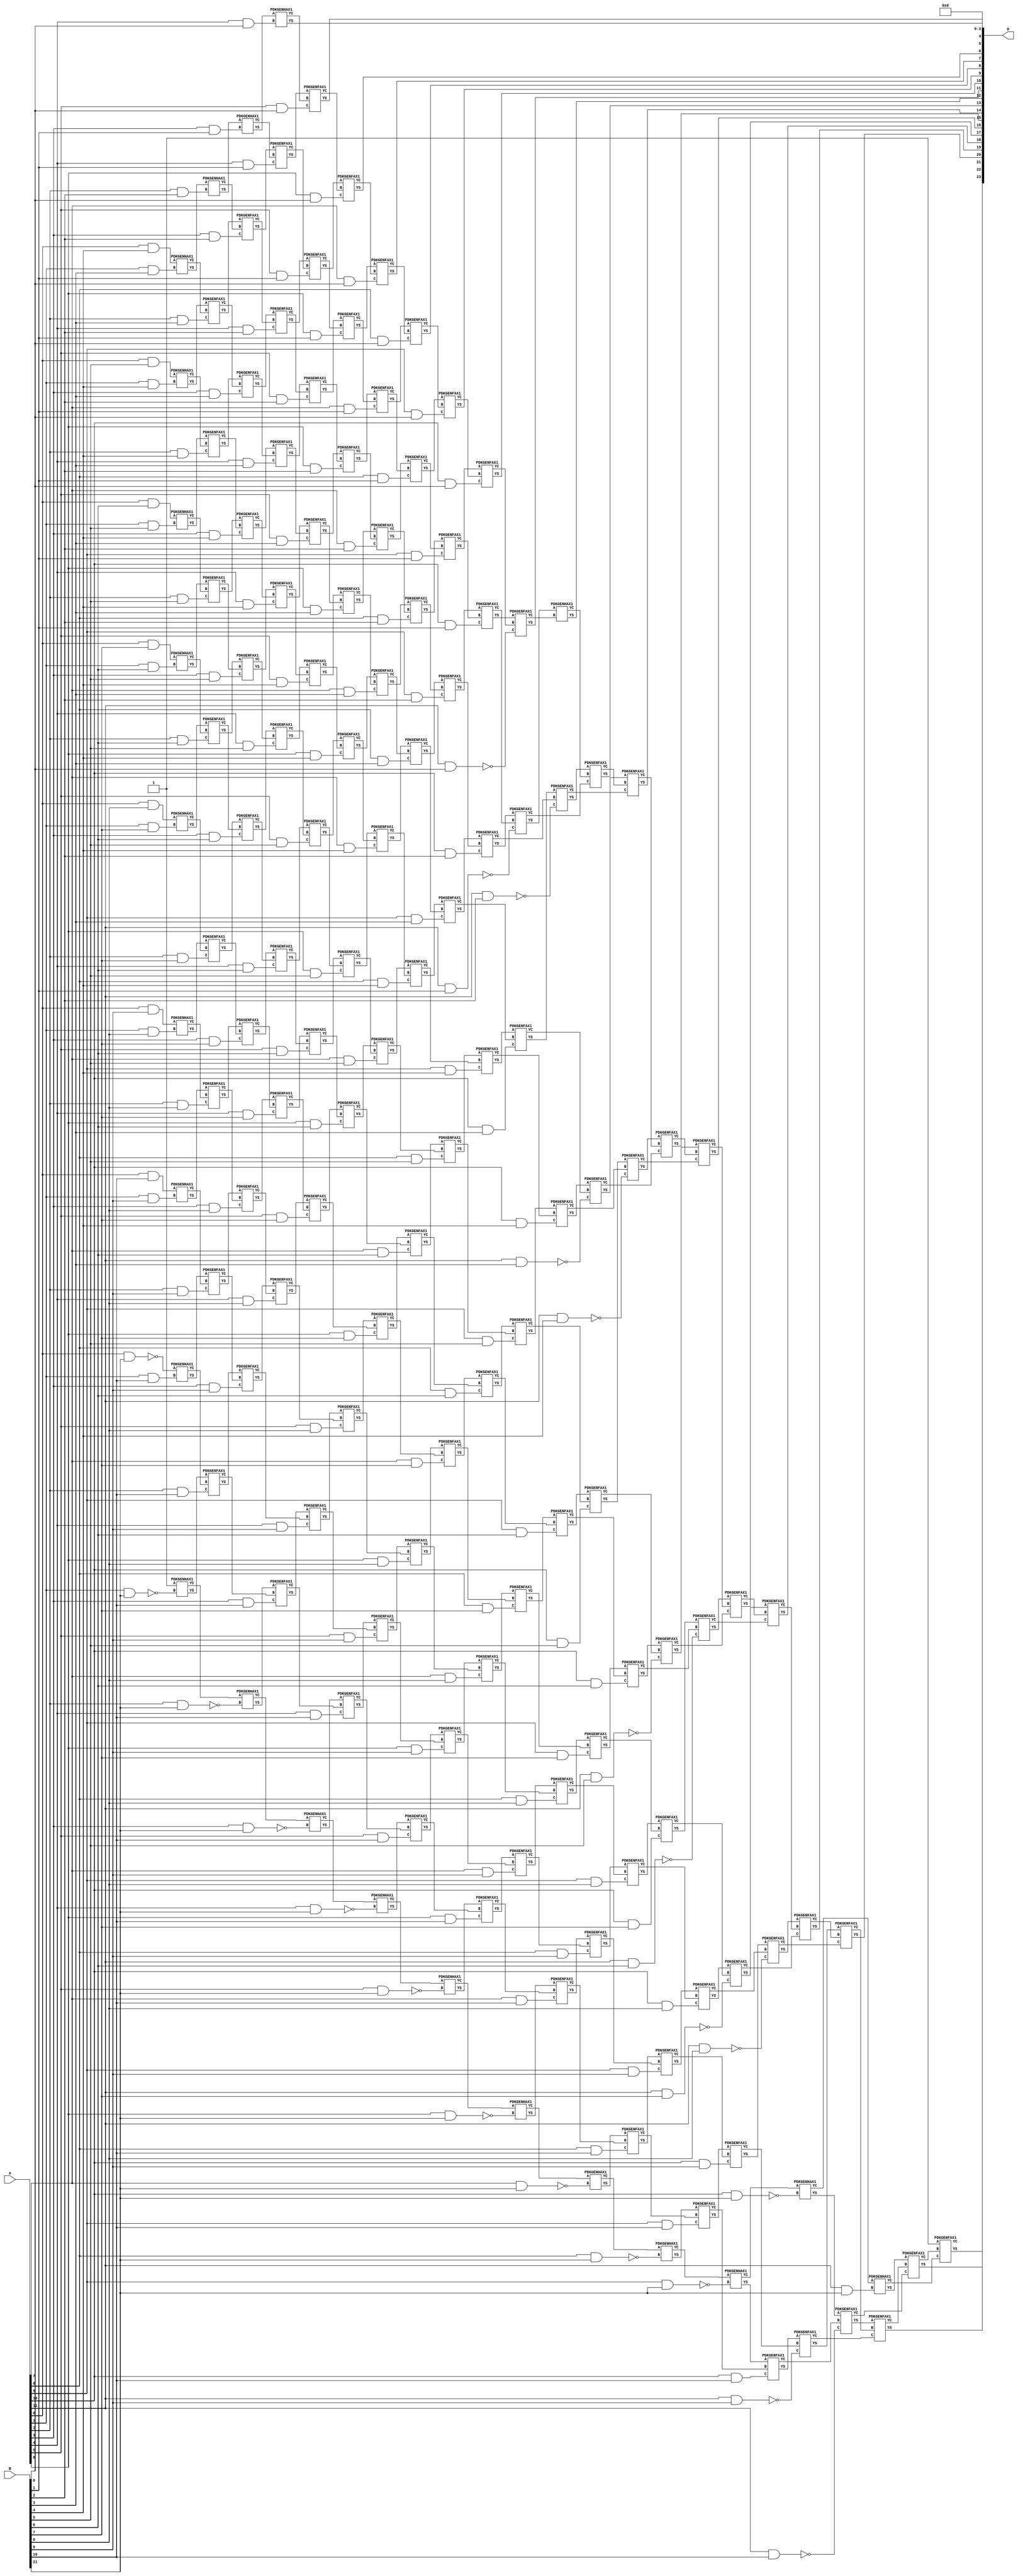
/***
* This code is a part of EvoApproxLib library (ehw.fit.vutbr.cz/approxlib) distributed under The MIT License.
* When used, please cite the following article(s): V. Mrazek, Z. Vasicek, L. Sekanina, H. Jiang and J. Han, "Scalable Construction of Approximate Multipliers With Formally Guaranteed Worst Case Error" in IEEE Transactions on Very Large Scale Integration (VLSI) Systems, vol. 26, no. 11, pp. 2572-2576, Nov. 2018. doi: 10.1109/TVLSI.2018.2856362 
* This file contains a circuit from a sub-set of pareto optimal circuits with respect to the pwr and mre parameters
***/
// MAE% = 0.000073 %
// MAE = 12 
// WCE% = 0.00029 %
// WCE = 49 
// WCRE% = 4900.00 %
// EP% = 81.25 %
// MRE% = 0.021 %
// MSE = 248 
// PDK45_PWR = 1.168 mW
// PDK45_AREA = 1564.2 um2
// PDK45_DELAY = 2.30 ns


module mul12s_2KQ ( A, B, O );
  input [11:0] A;
  input [11:0] B;
  output [23:0] O;

  wire C_10_0,C_10_1,C_10_10,C_10_11,C_10_2,C_10_3,C_10_4,C_10_5,C_10_6,C_10_7,C_10_8,C_10_9,C_11_0,C_11_1,C_11_10,C_11_11,C_11_2,C_11_3,C_11_4,C_11_5,C_11_6,C_11_7,C_11_8,C_11_9,C_12_0,C_12_1,C_12_10,C_12_11,C_12_2,C_12_3,C_12_4,C_12_5,C_12_6,C_12_7,C_12_8,C_12_9,C_1_10,C_1_11,C_1_3,C_1_4,C_1_5,C_1_6,C_1_7,C_1_8,C_1_9,C_2_10,C_2_11,C_2_2,C_2_3,C_2_4,C_2_5,C_2_6,C_2_7,C_2_8,C_2_9,C_3_1,C_3_10,C_3_11,C_3_2,C_3_3,C_3_4,C_3_5,C_3_6,C_3_7,C_3_8,C_3_9,C_4_0,C_4_1,C_4_10,C_4_11,C_4_2,C_4_3,C_4_4,C_4_5,C_4_6,C_4_7,C_4_8,C_4_9,C_5_0,C_5_1,C_5_10,C_5_11,C_5_2,C_5_3,C_5_4,C_5_5,C_5_6,C_5_7,C_5_8,C_5_9,C_6_0,C_6_1,C_6_10,C_6_11,C_6_2,C_6_3,C_6_4,C_6_5,C_6_6,C_6_7,C_6_8,C_6_9,C_7_0,C_7_1,C_7_10,C_7_11,C_7_2,C_7_3,C_7_4,C_7_5,C_7_6,C_7_7,C_7_8,C_7_9,C_8_0,C_8_1,C_8_10,C_8_11,C_8_2,C_8_3,C_8_4,C_8_5,C_8_6,C_8_7,C_8_8,C_8_9,C_9_0,C_9_1,C_9_10,C_9_11,C_9_2,C_9_3,C_9_4,C_9_5,C_9_6,C_9_7,C_9_8,C_9_9,S_0_10,S_0_11,S_0_4,S_0_5,S_0_6,S_0_7,S_0_8,S_0_9,S_10_0,S_10_1,S_10_10,S_10_11,S_10_2,S_10_3,S_10_4,S_10_5,S_10_6,S_10_7,S_10_8,S_10_9,S_11_0,S_11_1,S_11_10,S_11_11,S_11_2,S_11_3,S_11_4,S_11_5,S_11_6,S_11_7,S_11_8,S_11_9,S_12_0,S_12_1,S_12_10,S_12_11,S_12_2,S_12_3,S_12_4,S_12_5,S_12_6,S_12_7,S_12_8,S_12_9,S_1_10,S_1_11,S_1_3,S_1_4,S_1_5,S_1_6,S_1_7,S_1_8,S_1_9,S_2_10,S_2_11,S_2_2,S_2_3,S_2_4,S_2_5,S_2_6,S_2_7,S_2_8,S_2_9,S_3_1,S_3_10,S_3_11,S_3_2,S_3_3,S_3_4,S_3_5,S_3_6,S_3_7,S_3_8,S_3_9,S_4_0,S_4_1,S_4_10,S_4_11,S_4_2,S_4_3,S_4_4,S_4_5,S_4_6,S_4_7,S_4_8,S_4_9,S_5_0,S_5_1,S_5_10,S_5_11,S_5_2,S_5_3,S_5_4,S_5_5,S_5_6,S_5_7,S_5_8,S_5_9,S_6_0,S_6_1,S_6_10,S_6_11,S_6_2,S_6_3,S_6_4,S_6_5,S_6_6,S_6_7,S_6_8,S_6_9,S_7_0,S_7_1,S_7_10,S_7_11,S_7_2,S_7_3,S_7_4,S_7_5,S_7_6,S_7_7,S_7_8,S_7_9,S_8_0,S_8_1,S_8_10,S_8_11,S_8_2,S_8_3,S_8_4,S_8_5,S_8_6,S_8_7,S_8_8,S_8_9,S_9_0,S_9_1,S_9_10,S_9_11,S_9_2,S_9_3,S_9_4,S_9_5,S_9_6,S_9_7,S_9_8,S_9_9;

  assign S_0_4 = (A[0] & B[4]);
  assign S_0_5 = (A[0] & B[5]);
  assign S_0_6 = (A[0] & B[6]);
  assign S_0_7 = (A[0] & B[7]);
  assign S_0_8 = (A[0] & B[8]);
  assign S_0_9 = (A[0] & B[9]);
  assign S_0_10 = (A[0] & B[10]);
  assign S_0_11 = ~(A[0] & B[11]);
  PDKGENHAX1 U14512 (.A(S_0_4), .B((A[1] & B[3])), .YS(S_1_3), .YC(C_1_3));
  PDKGENHAX1 U14513 (.A(S_0_5), .B((A[1] & B[4])), .YS(S_1_4), .YC(C_1_4));
  PDKGENHAX1 U14514 (.A(S_0_6), .B((A[1] & B[5])), .YS(S_1_5), .YC(C_1_5));
  PDKGENHAX1 U14515 (.A(S_0_7), .B((A[1] & B[6])), .YS(S_1_6), .YC(C_1_6));
  PDKGENHAX1 U14516 (.A(S_0_8), .B((A[1] & B[7])), .YS(S_1_7), .YC(C_1_7));
  PDKGENHAX1 U14517 (.A(S_0_9), .B((A[1] & B[8])), .YS(S_1_8), .YC(C_1_8));
  PDKGENHAX1 U14518 (.A(S_0_10), .B((A[1] & B[9])), .YS(S_1_9), .YC(C_1_9));
  PDKGENHAX1 U14519 (.A(S_0_11), .B((A[1] & B[10])), .YS(S_1_10), .YC(C_1_10));
  PDKGENHAX1 U14520 (.A(1'b1), .B(~(A[1] & B[11])), .YS(S_1_11), .YC(C_1_11));
  PDKGENHAX1 U14523 (.A(S_1_3), .B((A[2] & B[2])), .YS(S_2_2), .YC(C_2_2));
  PDKGENFAX1 U14524 (.A(S_1_4), .B(C_1_3), .C((A[2] & B[3])), .YS(S_2_3), .YC(C_2_3));
  PDKGENFAX1 U14525 (.A(S_1_5), .B(C_1_4), .C((A[2] & B[4])), .YS(S_2_4), .YC(C_2_4));
  PDKGENFAX1 U14526 (.A(S_1_6), .B(C_1_5), .C((A[2] & B[5])), .YS(S_2_5), .YC(C_2_5));
  PDKGENFAX1 U14527 (.A(S_1_7), .B(C_1_6), .C((A[2] & B[6])), .YS(S_2_6), .YC(C_2_6));
  PDKGENFAX1 U14528 (.A(S_1_8), .B(C_1_7), .C((A[2] & B[7])), .YS(S_2_7), .YC(C_2_7));
  PDKGENFAX1 U14529 (.A(S_1_9), .B(C_1_8), .C((A[2] & B[8])), .YS(S_2_8), .YC(C_2_8));
  PDKGENFAX1 U14530 (.A(S_1_10), .B(C_1_9), .C((A[2] & B[9])), .YS(S_2_9), .YC(C_2_9));
  PDKGENFAX1 U14531 (.A(S_1_11), .B(C_1_10), .C((A[2] & B[10])), .YS(S_2_10), .YC(C_2_10));
  PDKGENHAX1 U14532 (.A(C_1_11), .B(~(A[2] & B[11])), .YS(S_2_11), .YC(C_2_11));
  PDKGENHAX1 U14534 (.A(S_2_2), .B((A[3] & B[1])), .YS(S_3_1), .YC(C_3_1));
  PDKGENFAX1 U14535 (.A(S_2_3), .B(C_2_2), .C((A[3] & B[2])), .YS(S_3_2), .YC(C_3_2));
  PDKGENFAX1 U14536 (.A(S_2_4), .B(C_2_3), .C((A[3] & B[3])), .YS(S_3_3), .YC(C_3_3));
  PDKGENFAX1 U14537 (.A(S_2_5), .B(C_2_4), .C((A[3] & B[4])), .YS(S_3_4), .YC(C_3_4));
  PDKGENFAX1 U14538 (.A(S_2_6), .B(C_2_5), .C((A[3] & B[5])), .YS(S_3_5), .YC(C_3_5));
  PDKGENFAX1 U14539 (.A(S_2_7), .B(C_2_6), .C((A[3] & B[6])), .YS(S_3_6), .YC(C_3_6));
  PDKGENFAX1 U14540 (.A(S_2_8), .B(C_2_7), .C((A[3] & B[7])), .YS(S_3_7), .YC(C_3_7));
  PDKGENFAX1 U14541 (.A(S_2_9), .B(C_2_8), .C((A[3] & B[8])), .YS(S_3_8), .YC(C_3_8));
  PDKGENFAX1 U14542 (.A(S_2_10), .B(C_2_9), .C((A[3] & B[9])), .YS(S_3_9), .YC(C_3_9));
  PDKGENFAX1 U14543 (.A(S_2_11), .B(C_2_10), .C((A[3] & B[10])), .YS(S_3_10), .YC(C_3_10));
  PDKGENHAX1 U14544 (.A(C_2_11), .B(~(A[3] & B[11])), .YS(S_3_11), .YC(C_3_11));
  PDKGENHAX1 U14545 (.A(S_3_1), .B((A[4] & B[0])), .YS(S_4_0), .YC(C_4_0));
  PDKGENFAX1 U14546 (.A(S_3_2), .B(C_3_1), .C((A[4] & B[1])), .YS(S_4_1), .YC(C_4_1));
  PDKGENFAX1 U14547 (.A(S_3_3), .B(C_3_2), .C((A[4] & B[2])), .YS(S_4_2), .YC(C_4_2));
  PDKGENFAX1 U14548 (.A(S_3_4), .B(C_3_3), .C((A[4] & B[3])), .YS(S_4_3), .YC(C_4_3));
  PDKGENFAX1 U14549 (.A(S_3_5), .B(C_3_4), .C((A[4] & B[4])), .YS(S_4_4), .YC(C_4_4));
  PDKGENFAX1 U14550 (.A(S_3_6), .B(C_3_5), .C((A[4] & B[5])), .YS(S_4_5), .YC(C_4_5));
  PDKGENFAX1 U14551 (.A(S_3_7), .B(C_3_6), .C((A[4] & B[6])), .YS(S_4_6), .YC(C_4_6));
  PDKGENFAX1 U14552 (.A(S_3_8), .B(C_3_7), .C((A[4] & B[7])), .YS(S_4_7), .YC(C_4_7));
  PDKGENFAX1 U14553 (.A(S_3_9), .B(C_3_8), .C((A[4] & B[8])), .YS(S_4_8), .YC(C_4_8));
  PDKGENFAX1 U14554 (.A(S_3_10), .B(C_3_9), .C((A[4] & B[9])), .YS(S_4_9), .YC(C_4_9));
  PDKGENFAX1 U14555 (.A(S_3_11), .B(C_3_10), .C((A[4] & B[10])), .YS(S_4_10), .YC(C_4_10));
  PDKGENHAX1 U14556 (.A(C_3_11), .B(~(A[4] & B[11])), .YS(S_4_11), .YC(C_4_11));
  PDKGENFAX1 U14557 (.A(S_4_1), .B(C_4_0), .C((A[5] & B[0])), .YS(S_5_0), .YC(C_5_0));
  PDKGENFAX1 U14558 (.A(S_4_2), .B(C_4_1), .C((A[5] & B[1])), .YS(S_5_1), .YC(C_5_1));
  PDKGENFAX1 U14559 (.A(S_4_3), .B(C_4_2), .C((A[5] & B[2])), .YS(S_5_2), .YC(C_5_2));
  PDKGENFAX1 U14560 (.A(S_4_4), .B(C_4_3), .C((A[5] & B[3])), .YS(S_5_3), .YC(C_5_3));
  PDKGENFAX1 U14561 (.A(S_4_5), .B(C_4_4), .C((A[5] & B[4])), .YS(S_5_4), .YC(C_5_4));
  PDKGENFAX1 U14562 (.A(S_4_6), .B(C_4_5), .C((A[5] & B[5])), .YS(S_5_5), .YC(C_5_5));
  PDKGENFAX1 U14563 (.A(S_4_7), .B(C_4_6), .C((A[5] & B[6])), .YS(S_5_6), .YC(C_5_6));
  PDKGENFAX1 U14564 (.A(S_4_8), .B(C_4_7), .C((A[5] & B[7])), .YS(S_5_7), .YC(C_5_7));
  PDKGENFAX1 U14565 (.A(S_4_9), .B(C_4_8), .C((A[5] & B[8])), .YS(S_5_8), .YC(C_5_8));
  PDKGENFAX1 U14566 (.A(S_4_10), .B(C_4_9), .C((A[5] & B[9])), .YS(S_5_9), .YC(C_5_9));
  PDKGENFAX1 U14567 (.A(S_4_11), .B(C_4_10), .C((A[5] & B[10])), .YS(S_5_10), .YC(C_5_10));
  PDKGENHAX1 U14568 (.A(C_4_11), .B(~(A[5] & B[11])), .YS(S_5_11), .YC(C_5_11));
  PDKGENFAX1 U14569 (.A(S_5_1), .B(C_5_0), .C((A[6] & B[0])), .YS(S_6_0), .YC(C_6_0));
  PDKGENFAX1 U14570 (.A(S_5_2), .B(C_5_1), .C((A[6] & B[1])), .YS(S_6_1), .YC(C_6_1));
  PDKGENFAX1 U14571 (.A(S_5_3), .B(C_5_2), .C((A[6] & B[2])), .YS(S_6_2), .YC(C_6_2));
  PDKGENFAX1 U14572 (.A(S_5_4), .B(C_5_3), .C((A[6] & B[3])), .YS(S_6_3), .YC(C_6_3));
  PDKGENFAX1 U14573 (.A(S_5_5), .B(C_5_4), .C((A[6] & B[4])), .YS(S_6_4), .YC(C_6_4));
  PDKGENFAX1 U14574 (.A(S_5_6), .B(C_5_5), .C((A[6] & B[5])), .YS(S_6_5), .YC(C_6_5));
  PDKGENFAX1 U14575 (.A(S_5_7), .B(C_5_6), .C((A[6] & B[6])), .YS(S_6_6), .YC(C_6_6));
  PDKGENFAX1 U14576 (.A(S_5_8), .B(C_5_7), .C((A[6] & B[7])), .YS(S_6_7), .YC(C_6_7));
  PDKGENFAX1 U14577 (.A(S_5_9), .B(C_5_8), .C((A[6] & B[8])), .YS(S_6_8), .YC(C_6_8));
  PDKGENFAX1 U14578 (.A(S_5_10), .B(C_5_9), .C((A[6] & B[9])), .YS(S_6_9), .YC(C_6_9));
  PDKGENFAX1 U14579 (.A(S_5_11), .B(C_5_10), .C((A[6] & B[10])), .YS(S_6_10), .YC(C_6_10));
  PDKGENHAX1 U14580 (.A(C_5_11), .B(~(A[6] & B[11])), .YS(S_6_11), .YC(C_6_11));
  PDKGENFAX1 U14581 (.A(S_6_1), .B(C_6_0), .C((A[7] & B[0])), .YS(S_7_0), .YC(C_7_0));
  PDKGENFAX1 U14582 (.A(S_6_2), .B(C_6_1), .C((A[7] & B[1])), .YS(S_7_1), .YC(C_7_1));
  PDKGENFAX1 U14583 (.A(S_6_3), .B(C_6_2), .C((A[7] & B[2])), .YS(S_7_2), .YC(C_7_2));
  PDKGENFAX1 U14584 (.A(S_6_4), .B(C_6_3), .C((A[7] & B[3])), .YS(S_7_3), .YC(C_7_3));
  PDKGENFAX1 U14585 (.A(S_6_5), .B(C_6_4), .C((A[7] & B[4])), .YS(S_7_4), .YC(C_7_4));
  PDKGENFAX1 U14586 (.A(S_6_6), .B(C_6_5), .C((A[7] & B[5])), .YS(S_7_5), .YC(C_7_5));
  PDKGENFAX1 U14587 (.A(S_6_7), .B(C_6_6), .C((A[7] & B[6])), .YS(S_7_6), .YC(C_7_6));
  PDKGENFAX1 U14588 (.A(S_6_8), .B(C_6_7), .C((A[7] & B[7])), .YS(S_7_7), .YC(C_7_7));
  PDKGENFAX1 U14589 (.A(S_6_9), .B(C_6_8), .C((A[7] & B[8])), .YS(S_7_8), .YC(C_7_8));
  PDKGENFAX1 U14590 (.A(S_6_10), .B(C_6_9), .C((A[7] & B[9])), .YS(S_7_9), .YC(C_7_9));
  PDKGENFAX1 U14591 (.A(S_6_11), .B(C_6_10), .C((A[7] & B[10])), .YS(S_7_10), .YC(C_7_10));
  PDKGENHAX1 U14592 (.A(C_6_11), .B(~(A[7] & B[11])), .YS(S_7_11), .YC(C_7_11));
  PDKGENFAX1 U14593 (.A(S_7_1), .B(C_7_0), .C((A[8] & B[0])), .YS(S_8_0), .YC(C_8_0));
  PDKGENFAX1 U14594 (.A(S_7_2), .B(C_7_1), .C((A[8] & B[1])), .YS(S_8_1), .YC(C_8_1));
  PDKGENFAX1 U14595 (.A(S_7_3), .B(C_7_2), .C((A[8] & B[2])), .YS(S_8_2), .YC(C_8_2));
  PDKGENFAX1 U14596 (.A(S_7_4), .B(C_7_3), .C((A[8] & B[3])), .YS(S_8_3), .YC(C_8_3));
  PDKGENFAX1 U14597 (.A(S_7_5), .B(C_7_4), .C((A[8] & B[4])), .YS(S_8_4), .YC(C_8_4));
  PDKGENFAX1 U14598 (.A(S_7_6), .B(C_7_5), .C((A[8] & B[5])), .YS(S_8_5), .YC(C_8_5));
  PDKGENFAX1 U14599 (.A(S_7_7), .B(C_7_6), .C((A[8] & B[6])), .YS(S_8_6), .YC(C_8_6));
  PDKGENFAX1 U14600 (.A(S_7_8), .B(C_7_7), .C((A[8] & B[7])), .YS(S_8_7), .YC(C_8_7));
  PDKGENFAX1 U14601 (.A(S_7_9), .B(C_7_8), .C((A[8] & B[8])), .YS(S_8_8), .YC(C_8_8));
  PDKGENFAX1 U14602 (.A(S_7_10), .B(C_7_9), .C((A[8] & B[9])), .YS(S_8_9), .YC(C_8_9));
  PDKGENFAX1 U14603 (.A(S_7_11), .B(C_7_10), .C((A[8] & B[10])), .YS(S_8_10), .YC(C_8_10));
  PDKGENHAX1 U14604 (.A(C_7_11), .B(~(A[8] & B[11])), .YS(S_8_11), .YC(C_8_11));
  PDKGENFAX1 U14605 (.A(S_8_1), .B(C_8_0), .C((A[9] & B[0])), .YS(S_9_0), .YC(C_9_0));
  PDKGENFAX1 U14606 (.A(S_8_2), .B(C_8_1), .C((A[9] & B[1])), .YS(S_9_1), .YC(C_9_1));
  PDKGENFAX1 U14607 (.A(S_8_3), .B(C_8_2), .C((A[9] & B[2])), .YS(S_9_2), .YC(C_9_2));
  PDKGENFAX1 U14608 (.A(S_8_4), .B(C_8_3), .C((A[9] & B[3])), .YS(S_9_3), .YC(C_9_3));
  PDKGENFAX1 U14609 (.A(S_8_5), .B(C_8_4), .C((A[9] & B[4])), .YS(S_9_4), .YC(C_9_4));
  PDKGENFAX1 U14610 (.A(S_8_6), .B(C_8_5), .C((A[9] & B[5])), .YS(S_9_5), .YC(C_9_5));
  PDKGENFAX1 U14611 (.A(S_8_7), .B(C_8_6), .C((A[9] & B[6])), .YS(S_9_6), .YC(C_9_6));
  PDKGENFAX1 U14612 (.A(S_8_8), .B(C_8_7), .C((A[9] & B[7])), .YS(S_9_7), .YC(C_9_7));
  PDKGENFAX1 U14613 (.A(S_8_9), .B(C_8_8), .C((A[9] & B[8])), .YS(S_9_8), .YC(C_9_8));
  PDKGENFAX1 U14614 (.A(S_8_10), .B(C_8_9), .C((A[9] & B[9])), .YS(S_9_9), .YC(C_9_9));
  PDKGENFAX1 U14615 (.A(S_8_11), .B(C_8_10), .C((A[9] & B[10])), .YS(S_9_10), .YC(C_9_10));
  PDKGENHAX1 U14616 (.A(C_8_11), .B(~(A[9] & B[11])), .YS(S_9_11), .YC(C_9_11));
  PDKGENFAX1 U14617 (.A(S_9_1), .B(C_9_0), .C((A[10] & B[0])), .YS(S_10_0), .YC(C_10_0));
  PDKGENFAX1 U14618 (.A(S_9_2), .B(C_9_1), .C((A[10] & B[1])), .YS(S_10_1), .YC(C_10_1));
  PDKGENFAX1 U14619 (.A(S_9_3), .B(C_9_2), .C((A[10] & B[2])), .YS(S_10_2), .YC(C_10_2));
  PDKGENFAX1 U14620 (.A(S_9_4), .B(C_9_3), .C((A[10] & B[3])), .YS(S_10_3), .YC(C_10_3));
  PDKGENFAX1 U14621 (.A(S_9_5), .B(C_9_4), .C((A[10] & B[4])), .YS(S_10_4), .YC(C_10_4));
  PDKGENFAX1 U14622 (.A(S_9_6), .B(C_9_5), .C((A[10] & B[5])), .YS(S_10_5), .YC(C_10_5));
  PDKGENFAX1 U14623 (.A(S_9_7), .B(C_9_6), .C((A[10] & B[6])), .YS(S_10_6), .YC(C_10_6));
  PDKGENFAX1 U14624 (.A(S_9_8), .B(C_9_7), .C((A[10] & B[7])), .YS(S_10_7), .YC(C_10_7));
  PDKGENFAX1 U14625 (.A(S_9_9), .B(C_9_8), .C((A[10] & B[8])), .YS(S_10_8), .YC(C_10_8));
  PDKGENFAX1 U14626 (.A(S_9_10), .B(C_9_9), .C((A[10] & B[9])), .YS(S_10_9), .YC(C_10_9));
  PDKGENFAX1 U14627 (.A(S_9_11), .B(C_9_10), .C((A[10] & B[10])), .YS(S_10_10), .YC(C_10_10));
  PDKGENHAX1 U14628 (.A(C_9_11), .B(~(A[10] & B[11])), .YS(S_10_11), .YC(C_10_11));
  PDKGENFAX1 U14629 (.A(S_10_1), .B(C_10_0), .C(~(A[11] & B[0])), .YS(S_11_0), .YC(C_11_0));
  PDKGENFAX1 U14630 (.A(S_10_2), .B(C_10_1), .C(~(A[11] & B[1])), .YS(S_11_1), .YC(C_11_1));
  PDKGENFAX1 U14631 (.A(S_10_3), .B(C_10_2), .C(~(A[11] & B[2])), .YS(S_11_2), .YC(C_11_2));
  PDKGENFAX1 U14632 (.A(S_10_4), .B(C_10_3), .C(~(A[11] & B[3])), .YS(S_11_3), .YC(C_11_3));
  PDKGENFAX1 U14633 (.A(S_10_5), .B(C_10_4), .C(~(A[11] & B[4])), .YS(S_11_4), .YC(C_11_4));
  PDKGENFAX1 U14634 (.A(S_10_6), .B(C_10_5), .C(~(A[11] & B[5])), .YS(S_11_5), .YC(C_11_5));
  PDKGENFAX1 U14635 (.A(S_10_7), .B(C_10_6), .C(~(A[11] & B[6])), .YS(S_11_6), .YC(C_11_6));
  PDKGENFAX1 U14636 (.A(S_10_8), .B(C_10_7), .C(~(A[11] & B[7])), .YS(S_11_7), .YC(C_11_7));
  PDKGENFAX1 U14637 (.A(S_10_9), .B(C_10_8), .C(~(A[11] & B[8])), .YS(S_11_8), .YC(C_11_8));
  PDKGENFAX1 U14638 (.A(S_10_10), .B(C_10_9), .C(~(A[11] & B[9])), .YS(S_11_9), .YC(C_11_9));
  PDKGENFAX1 U14639 (.A(S_10_11), .B(C_10_10), .C(~(A[11] & B[10])), .YS(S_11_10), .YC(C_11_10));
  PDKGENHAX1 U14640 (.A(C_10_11), .B((A[11] & B[11])), .YS(S_11_11), .YC(C_11_11));
  PDKGENHAX1 U14641 (.A(S_11_1), .B(C_11_0), .YS(S_12_0), .YC(C_12_0));
  PDKGENFAX1 U14642 (.A(S_11_2), .B(C_12_0), .C(C_11_1), .YS(S_12_1), .YC(C_12_1));
  PDKGENFAX1 U14643 (.A(S_11_3), .B(C_12_1), .C(C_11_2), .YS(S_12_2), .YC(C_12_2));
  PDKGENFAX1 U14644 (.A(S_11_4), .B(C_12_2), .C(C_11_3), .YS(S_12_3), .YC(C_12_3));
  PDKGENFAX1 U14645 (.A(S_11_5), .B(C_12_3), .C(C_11_4), .YS(S_12_4), .YC(C_12_4));
  PDKGENFAX1 U14646 (.A(S_11_6), .B(C_12_4), .C(C_11_5), .YS(S_12_5), .YC(C_12_5));
  PDKGENFAX1 U14647 (.A(S_11_7), .B(C_12_5), .C(C_11_6), .YS(S_12_6), .YC(C_12_6));
  PDKGENFAX1 U14648 (.A(S_11_8), .B(C_12_6), .C(C_11_7), .YS(S_12_7), .YC(C_12_7));
  PDKGENFAX1 U14649 (.A(S_11_9), .B(C_12_7), .C(C_11_8), .YS(S_12_8), .YC(C_12_8));
  PDKGENFAX1 U14650 (.A(S_11_10), .B(C_12_8), .C(C_11_9), .YS(S_12_9), .YC(C_12_9));
  PDKGENFAX1 U14651 (.A(S_11_11), .B(C_12_9), .C(C_11_10), .YS(S_12_10), .YC(C_12_10));
  PDKGENFAX1 U14652 (.A(1'b1), .B(C_12_10), .C(C_11_11), .YS(S_12_11), .YC(C_12_11));
  assign O = {S_12_11,S_12_10,S_12_9,S_12_8,S_12_7,S_12_6,S_12_5,S_12_4,S_12_3,S_12_2,S_12_1,S_12_0,S_11_0,S_10_0,S_9_0,S_8_0,S_7_0,S_6_0,S_5_0,S_4_0,1'b0,1'b0,1'b0,1'b0};

endmodule

/* mod */
module PDKGENHAX1( input A, input B, output YS, output YC );
    assign YS = A ^ B;
    assign YC = A & B;
endmodule
/* mod */
module PDKGENFAX1( input A, input B, input C, output YS, output YC );
    assign YS = (A ^ B) ^ C;
    assign YC = (A & B) | (B & C) | (A & C);
endmodule